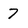
Character: 7